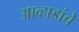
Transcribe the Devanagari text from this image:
आव्हाडांचे